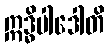
ဣဒ္ဓိပါဒေါတိ